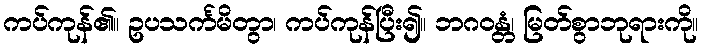
ကပ်ကုန်၏။ ဥပသင်္ကမိတွာ၊ ကပ်ကုန်ပြီး၍။ ဘဂဝန္တံ၊ မြတ်စွာဘုရားကို။